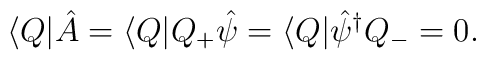
\langle Q|\hat{A} =\langle Q|Q_{+}\hat{\psi } =\langle Q|\hat{\psi }^{\dagger }Q_{-} =0.